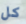
كل